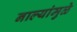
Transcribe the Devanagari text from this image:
नाल्यांमुळे